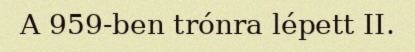
A 959-ben trónra lépett II.